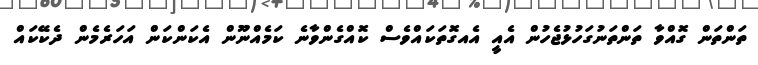
ތަންތަން ގޮއްވާ ތަންތަނުގަހުޅުޖެހުން އެއީ އެއގޮތަކައްވެސް ކޮއްގެންވާނެ ކަމެއްނޫން އެކަންކަން އަހަރެމެން ދެކޭކައް